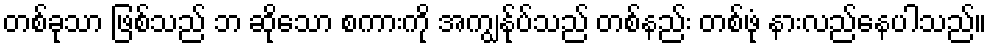
တစ်ခုသာ ဖြစ်သည် ဘ ဆိုသော စကားကို အကျွန်ုပ်သည် တစ်နည်း တစ်ဖုံ နားလည်နေပါသည်။